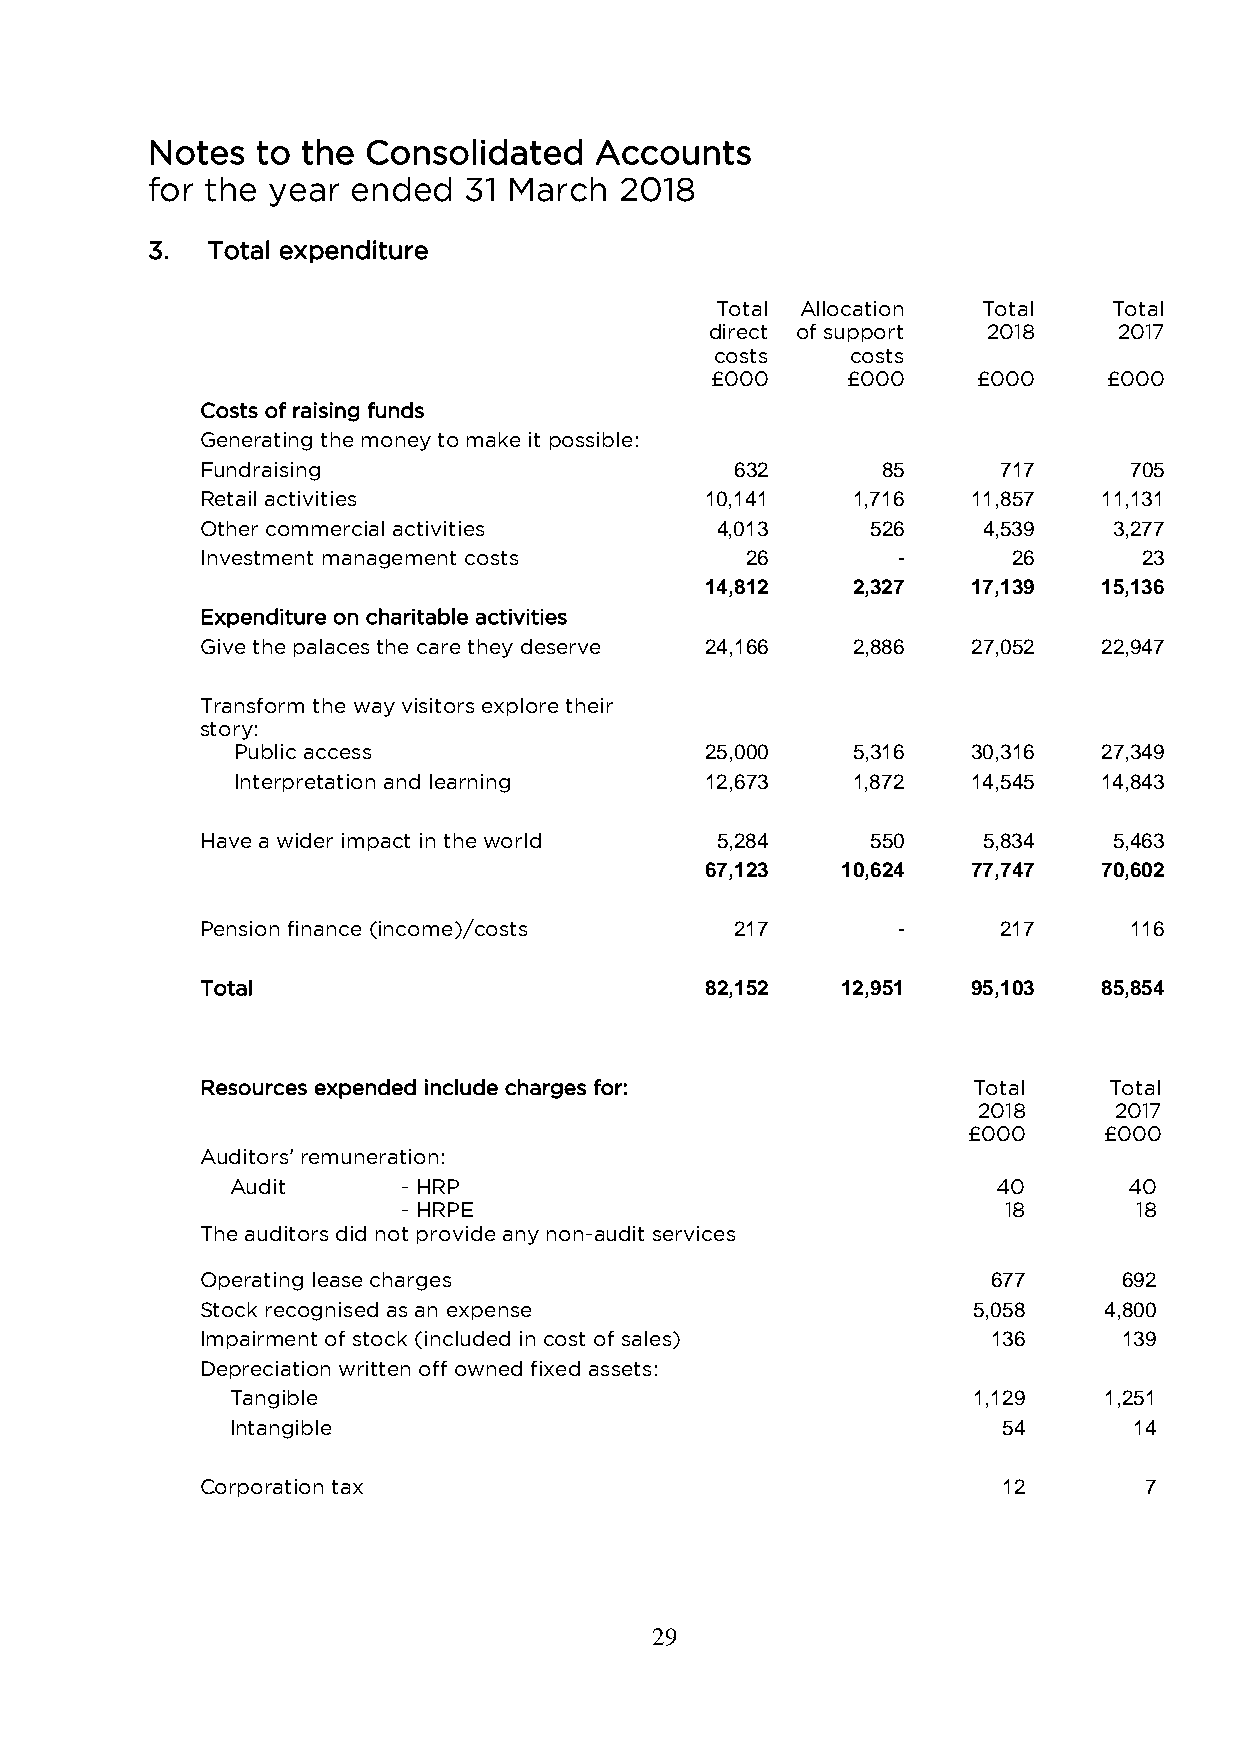
Notes  to the Consolidated   Accounts
 for the year ended   31 March  2018
 3.  Total expenditure
 Total Allocation  Total    Total
 direct of support 2018     2017
 costs    costs
 £000     £000     £000    £000
 Costs of raising funds
 Generating the money to make it possible:
 Fundraising                         632      85      717      705
 Retail activities                 10,141   1,716   11,857   11,131
 Other commercial activities       4,013      526    4,539    3,277
 Investment management costs         26        -       26       23
 14,812   2,327   17,139   15,136
 Expenditure on charitable activities
 Give the palaces the care they deserve 24,166 2,886 27,052  22,947
 Transform the way visitors explore their
 story:
 Public access                   25,000   5,316   30,316   27,349
 Interpretation and learning     12,673   1,872   14,545   14,843
 Have a wider impact in the world  5,284      550    5,834    5,463
 67,123   10,624  77,747   70,602
 Pension finance (income)/costs      217       -      217      116
 Total                             82,152   12,951  95,103   85,854
 Resources expended include charges for:            Total    Total
 2018     2017
 £000     £000
 Auditors’ remuneration:
 Audit       - HRP                                  40       40
 - HRPE                                 18       18
 The auditors did not provide any non-audit services
 Operating lease charges                              677     692
 Stock recognised as an expense                     5,058    4,800
 Impairment of stock (included in cost of sales)      136     139
 Depreciation written off owned fixed assets:
 Tangible                                         1,129    1,251
 Intangible                                         54       14
 Corporation tax                                      12        7
 29